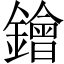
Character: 𨭗